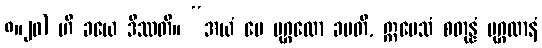
၈။၂၀) ဟိ ခယေ ဒိဿတိ။ “အယံ မေ ပုဂ္ဂလော ခမတိ, ဣမေသံ စတုန္နံ ပုဂ္ဂလာနံ